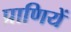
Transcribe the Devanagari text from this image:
प्राणियें